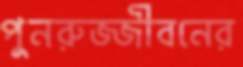
পুনরুজ্জীবনের